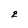
Character: 2